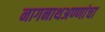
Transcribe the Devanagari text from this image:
नागनाथअण्णांचा